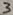
Text: 3